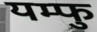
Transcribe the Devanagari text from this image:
यम्फु